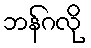
ဘန်ဂလို